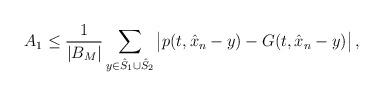
LaTeX: \begin{align*}A_1 \leq \frac{1}{|B_M|}\sum_{y\in \hat S_1\cup \hat S_2}{\big| p(t,\hat x_n-y)-G(t,\hat x_n-y)\big|}\,,\end{align*}